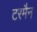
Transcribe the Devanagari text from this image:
टरमैन